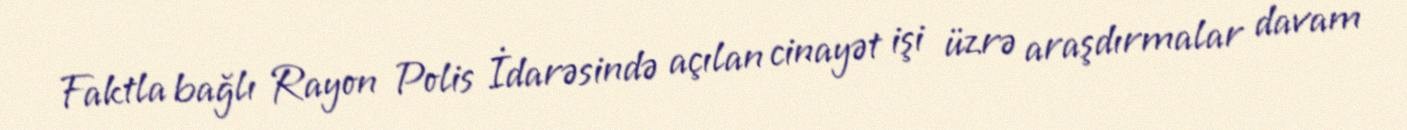
Faktla bağlı Rayon Polis İdarəsində açılan cinayət işi üzrə araşdırmalar davam